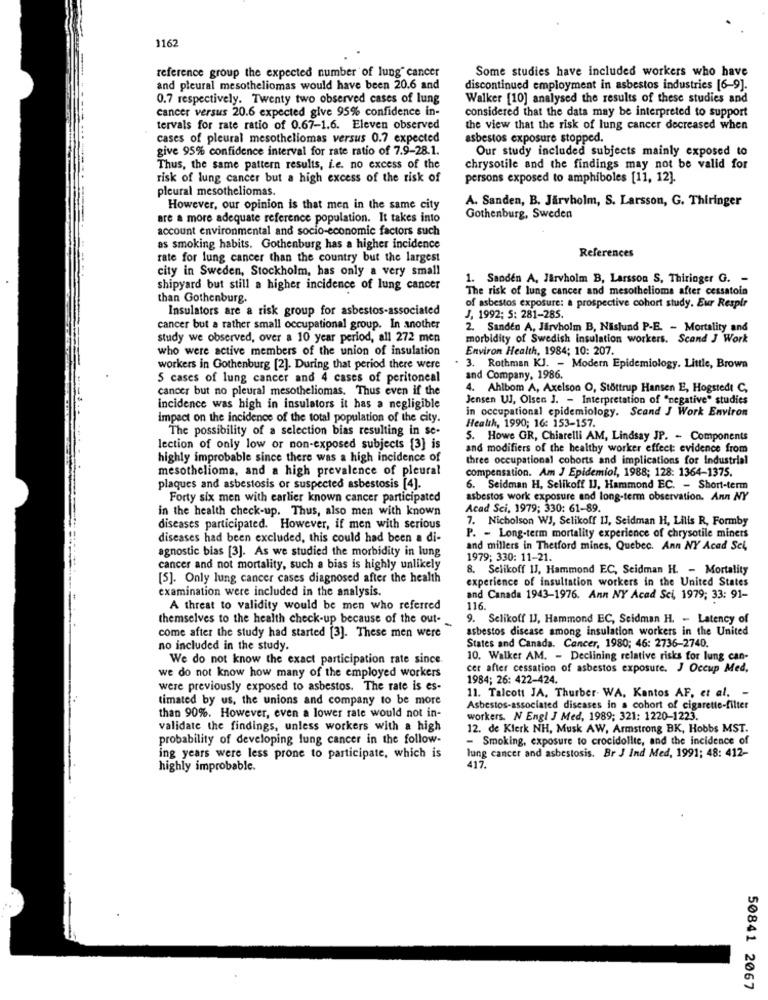
1167
Some studies have included workers who have
reference group the expected number of lung cancer
and pleural mesotheliomas would have been 20.6 and
discontinued employment in asbestos industries [6-9].
0.7 respectively. Twenty two observed cases of lung
Walker [10] analysed the results of these studies and
cancer versus 20.6 expected give 95% confidence in-
considered that the data may be interpreted to support
tervals for rate ratio of 0.67-1.6. Eleven observed
the view that the risk of lung cancer decreased when
cases of pleural mesotheliomas versus 0.7 expected
asbestos exposure stopped.
give 95% confidence interval for rate ratio of 7.9-28.1.
Our study included subjects mainly exposed to
Thus, the same pattern results, i.e. no excess of the
chrysotile and the findings may not be valid for
risk of lung cancer but a high excess of the risk of
persons exposed to amphiboles [11, 12]
pleural mesotheliomas.
A. Sanden, B. Järvholm, S. Larsson, G. Thiringer
However, our opinion is that men in the same city
are a more adequate reference population. It takes into
Gothenburg, Sweden
account environmental and socio-economic factors such
as smoking habits. Gothenburg has a higher incidence
References
rate for lung cancer than the country but the largest
city in Sweden, Stockholm, has only a very small
1. Sanden A, Järvholm B, Larsson S, Thiringer G. -
shipyard but still a higher incidence of lung cancer
The risk of lung cancer and mesothelioma after cessatoin
than Gothenburg.
Insulators are a risk group for asbestos-associated
of asbestos exposure: a prospective cohort study. Eur Respir
J, 1992; 5: 281-285.
cancer but a rather small occupational group. In another
2. Sanden A, Järvholm B, Nislund P-E. - Mortality and
study we observed, over a 10 year period, all 272 men
morbidity of Swedish insulation workers. Scand J Work
who were active members of the union of insulation
Environ Health, 1984; 10: 207.
workers in Gothenburg [2]. During that period there were
. 3. Rothman KJ. - Modern Epidemiology. Little, Brown
5 cases of lung cancer and 4 cases of peritoneal
and Company, 1986.
cancer but no pleural mesotheliomas. Thus even if the
4. Ahlbom A, Axelson O, Stöttrup Hansen E, Hogstedt C,
Jensen Ul, Olsen J. - Interpretation of "negative" studies
incidence was high in insulators it has a negligible
in occupational epidemiology. Scand J Work Environ
impact on the incidence of the total population of the city.
Health, 1990; 16: 153-157.
The possibility of a selection bias resulting in se-
5. Howe GR, Chiarelli AM, Lindsay JP. - Components
lection of only low or non-exposed subjects [3] is
and modifiers of the healthy worker effect: evidence from
highly improbable since there was a high incidence of
three occupational cohorts and implications for Industrial
mesothelioma, and a high prevalence of pleural
compensation. Am J Epidemiol, 1988; 128: 1364-1375.
plaques and asbestosis or suspected asbestosis [4].
6. Seidman H, Selikoff IJ, Hammond EC. - Short-term
Forty six men with carlier known cancer participated
asbestos work exposure and long-term observation. Ann NY
in the health check-up. Thus, also men with known
Acad Sci, 1979; 330: 61-89.
7. Nicholson WJ, Selikoff I], Seidman H, Lilis R, Formby
diseases participated. However, if men with serious
diseases had been excluded, this could had been a di-
P. - Long-term mortality experience of chrysotile miners
agnostic bias [3]. As we studied the morbidity in lung
and millers in Thetford mines, Quebec. Ann NY Acad Sci,
1979; 330: 11-21.
cancer and not mortality, such a bias is highly unlikely
8. Selikoff IJ, Hammond EC, Seidman H. - Mortality
[5]. Only lung cancer cases diagnosed after the health
experience of insultation workers in the United States
examination were included in the analysis.
and Canada 1943-1976. Ann NY Acad Sci, 1979; 33: 91-
A threat to validity would be men who referred
116.
themselves to the health check-up because of the out-
9. Selikoff IJ, Hammond EC, Seidman H. - Latency of
asbestos disease among insulation workers in the United
come after the study had started [3]. These men were
no included in the study.
States and Canada. Cancer, 1980; 46: 2736-2740.
We do not know the exact participation rate since.
10. Walker AM. - Declining relative risks for lung can-
we do not know how many of the employed workers
cer after cessation of asbestos exposure. J Occup Med.
1984; 26: 422-424.
were previously exposed to asbestos. The rate is es-
timated by us, the unions and company to be more
11. Talcott JA, Thurber- WA, Kantos AF, et al.
Asbestos-associated diseases in a cohort of cigarette-filter
than 90%. However, even a lower rate would not in-
workers. N Engl J Med, 1989; 321: 1220-1223.
validate the findings, unless workers with a high
12. de Klerk NH, Musk AW, Armstrong BK, Hobbs MST.
probability of developing lung cancer in the follow-
- Smoking, exposure to crocidolite, and the incidence of
ing years were less prone to participate, which is
lung cancer and asbestosis. Br J Ind Med, 1991; 48: 412-
highly improbable.
417.
50841 2067